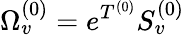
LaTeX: \Omega_{v}^{(0)}=e^{T^{(0)}}S_{v}^{(0)}